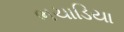
ભચાડિયા